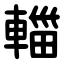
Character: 輺